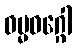
ဓမ္မဝဂ္ဂေါ